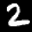
Label: 2